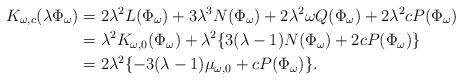
LaTeX: \begin{align*} K_{\omega,c}(\lambda \Phi_{\omega}) &=2\lambda^2L(\Phi_{\omega})+3\lambda^3N(\Phi_{\omega}) +2\lambda^2\omega Q(\Phi_{\omega}) +2\lambda^2cP(\Phi_{\omega})\\ &=\lambda^2K_{\omega,0}(\Phi_{\omega}) +\lambda^2\{3(\lambda -1)N(\Phi_{\omega})+2cP(\Phi_{\omega})\}\\ &=2\lambda^2\{-3(\lambda -1)\mu_{\omega,0}+cP(\Phi_{\omega})\}. \end{align*}